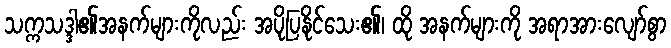
သက္ကသဒ္ဒါ၏အနက်များကိုလည်း အပိုပြနိုင်သေး၏၊ ထို အနက်များကို အရာအားလျော်စွာ